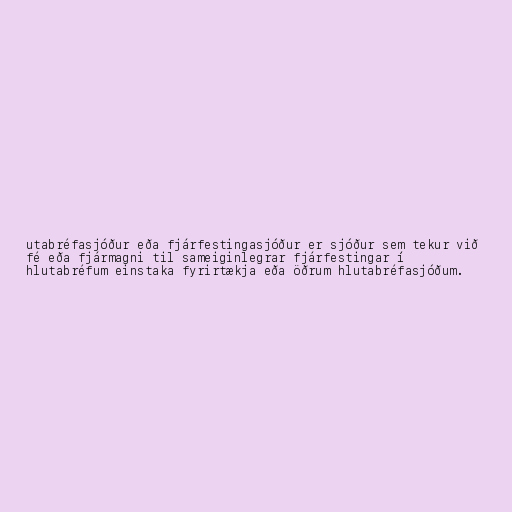
utabréfasjóður eða fjárfestingasjóður er sjóður sem tekur við
fé eða fjármagni til sameiginlegrar fjárfestingar í
hlutabréfum einstaka fyrirtækja eða öðrum hlutabréfasjóðum.